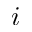
i